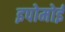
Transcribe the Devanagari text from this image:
इपोमोई